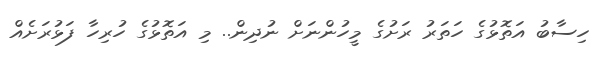
ހިސާބު އަތޮޅުގެ ހަތަރު ރަށުގެ މީހުންނަށް ނުދިން.. މި އަތޮޅުގެ ހުރިހާ ފަޅުރަށެއް